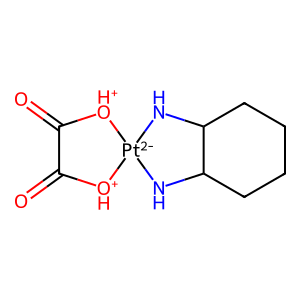
SMILES: O=C1[OH+][Pt-2]2(NC3CCCCC3N2)[OH+]C1=O
Inhibits HIV replication: No